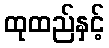
ထုထည်နှင့်